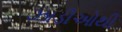
ઝાડીઓથી